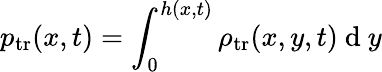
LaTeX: p_{\mathrm{tr}}(x,t)=\int_{0}^{h(x,t)}\rho_{\mathrm{tr}}(x,y,t)\mathrm{~d~}y